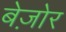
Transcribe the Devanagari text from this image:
बेज़ोर